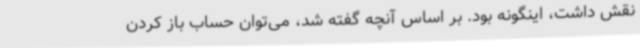
نقش داشت، اینگونه بود. بر اساس آنچه گفته شد، می‌توان حساب باز کردن